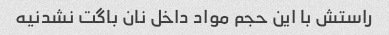
راستش با این حجم مواد داخل نان باگت نشدنیه